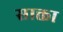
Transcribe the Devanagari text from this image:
साक्ता